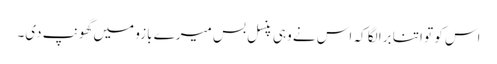
اس کو تو اتنا برا لگا کہ اس نے وہی پنسل بس میرے بازو میں گھونپ دی۔